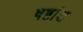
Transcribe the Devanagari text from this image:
षष्टांश